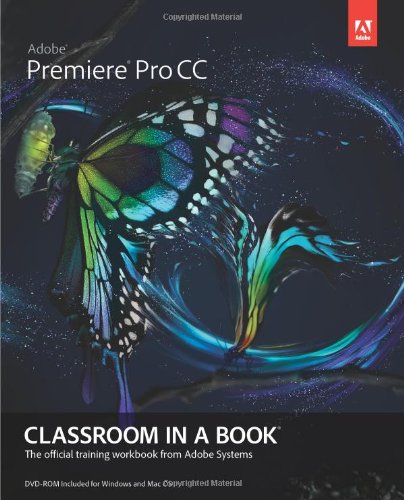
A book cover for Adobe Premiere Pro CC Classroom in a Book (Classroom in a Book (Adobe)); Adobe Creative Team; Computers & Technology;